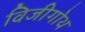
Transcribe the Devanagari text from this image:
विजीगोथ